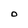
Character: O